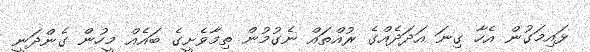
ޅައިމަގުން އެހާ ގިނަ އަދަދެއްގެ ރުއްތައް ނެގުމުން ތިމާވެށީގެ ބައެއް މީީހުން ގެންދަނީ